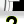
Digit: 2